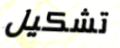
تشكيل